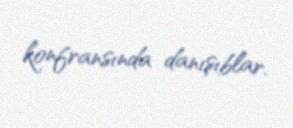
konfransında danışıblar.